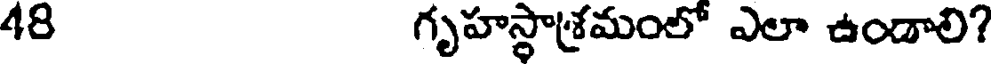
48 గృహస్థాశ్రమంలో ఎలా ఉండాలి?